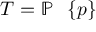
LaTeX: T = \mathbb { P } \setminus \{ p \}